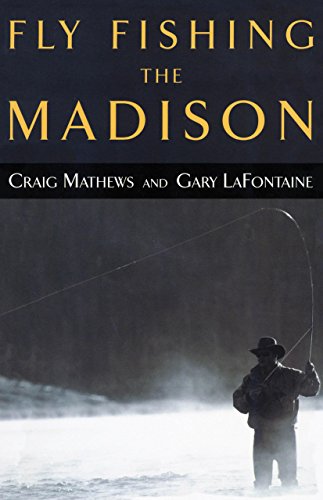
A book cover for Fly Fishing the Madison; Craig Mathews; Travel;